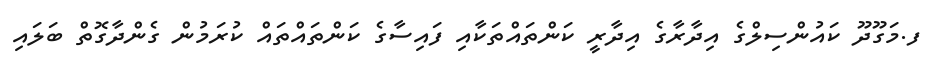
ފ.މަގޫދޫ ކައުންސިލްގެ އިދާރާގެ އިދާރީ ކަންތައްތަކާއި ފައިސާގެ ކަންތައްތައް ކުރަމުން ގެންދާގޮތް ބަލައި